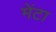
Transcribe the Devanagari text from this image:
मेंटा